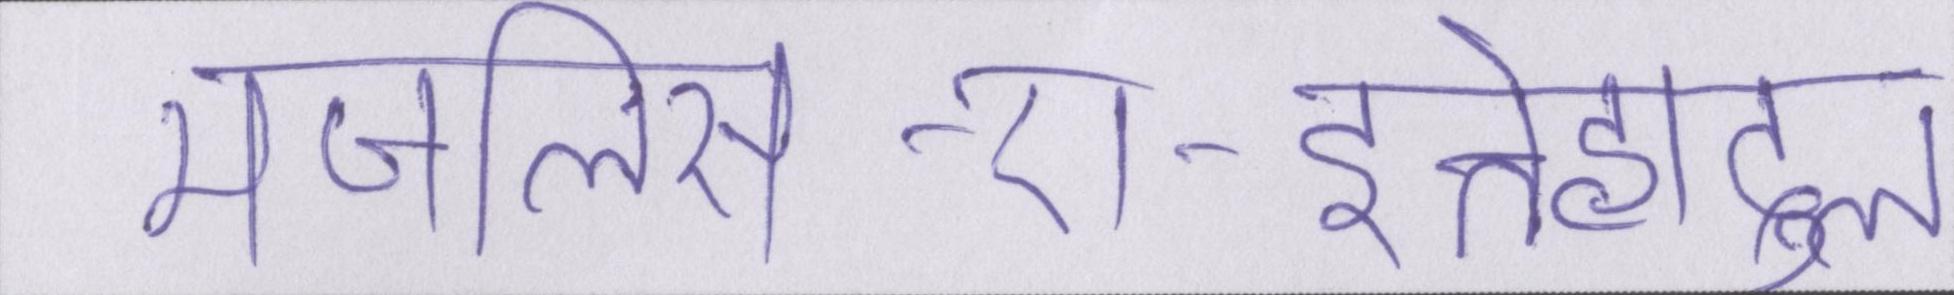
मजलिस-ए-इत्तेहादुल